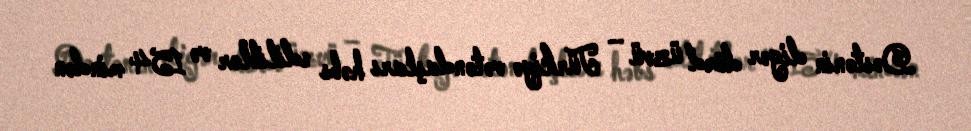
Dəstənin digər dörd üzvü – Türkiyə vətəndaşları həbs ediliblər və 154 mindən